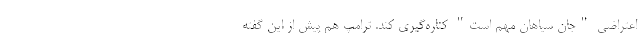
اعتراضی "جان سیاهان مهم است" کناره‌گیری کند. ترامپ هم پیش از این گفته